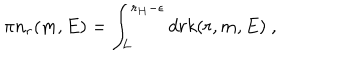
\pi n _ { r } ( m , E ) = \int _ { L } ^ { r _ { H } - \epsilon } d r k ( r , m , E ) ~ ,